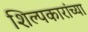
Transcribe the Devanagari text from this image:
शिल्पकारांच्या